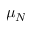
\mu _ { N }